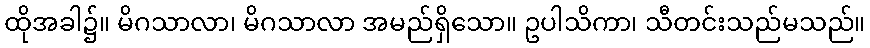
ထိုအခါ၌။ မိဂသာလာ၊ မိဂသာလာ အမည်ရှိသော။ ဥပါသိကာ၊ သီတင်းသည်မသည်။